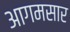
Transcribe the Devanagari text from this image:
आगमसार